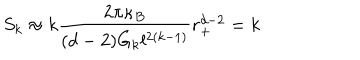
LaTeX: S _ { k } \approx k \frac { 2 \pi \kappa _ { B } } { ( d - 2 ) G _ { k } l ^ { 2 ( k - 1 ) } } r _ { + } ^ { d - 2 } = k